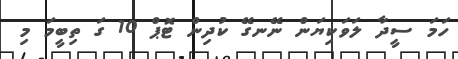
ހަމަ ސީދާ ލަވަކިޔަން ނޭނގޭ ކުދިން ޓޮޕް 10 ގަ ތިބީމަ މި